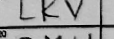
Transcription: LKV